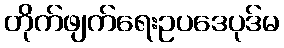
တိုက်ဖျက်ရေးဥပဒေပုဒ်မ